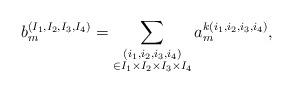
LaTeX: \begin{align*}b_m^{(I_1,I_2,I_3,I_4)} = \sum_{\substack{(i_1,i_2,i_3,i_4) \\ \in I_1\times I_2 \times I_3 \times I_4}} a_m^{k(i_1,i_2,i_3,i_4)},\end{align*}